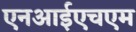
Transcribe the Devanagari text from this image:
एनआईएचएम